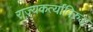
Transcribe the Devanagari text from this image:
राज्यकर्त्यांविरुद्ध